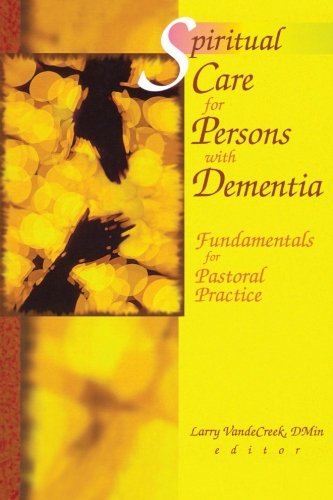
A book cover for Spiritual Care for Persons with Dementia: Fundamentals for Pastoral Practice; Larry Van De Creek; Christian Books & Bibles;